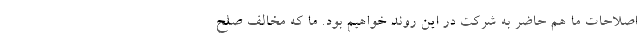
اصلاحات ما هم حاضر به شركت در اين روند خواهيم بود. ما كه مخالف صلح